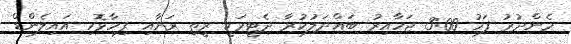
މެންދުރު ފަހު 3:00 ޖަހާއިރު ބައްދަލުކުރާ ދެޓީމަކީ ރީތި ރަށާއި ފިހާޅޮހި އައިލެންޑް